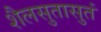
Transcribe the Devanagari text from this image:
शैलसुतासुतं